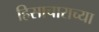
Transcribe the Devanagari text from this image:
हिसाचाराच्या